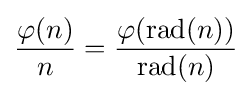
{\frac {\varphi (n)}{n}}={\frac {\varphi (\operatorname {rad} (n))}{\operatorname {rad} (n)}}